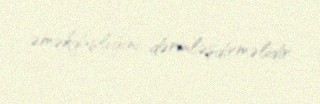
əməkdaşlığını dərinləşdirməlidir.